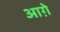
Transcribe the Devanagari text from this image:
आग़े